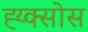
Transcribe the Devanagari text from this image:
ह्य्क्सोस